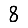
Digit: 8